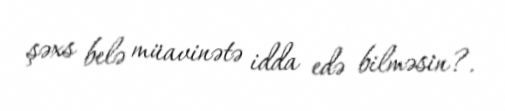
şəxs belə müavinətə idda edə bilməsin?.